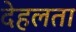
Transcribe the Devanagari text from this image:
देहलता